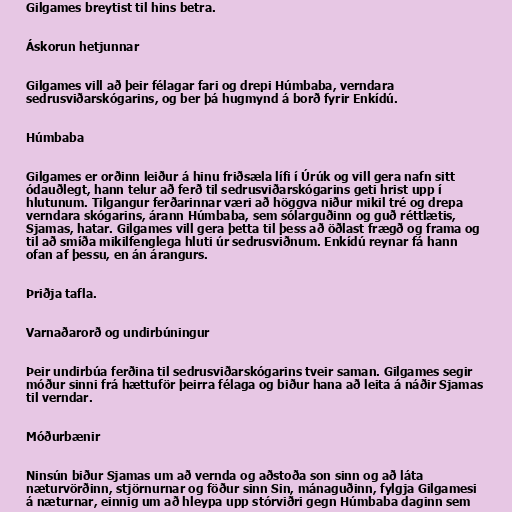
Gilgames breytist til hins betra.

Áskorun hetjunnar

Gilgames vill að þeir félagar fari og drepi Húmbaba, verndara
sedrusviðarskógarins, og ber þá hugmynd á borð fyrir Enkídú.

Húmbaba

Gilgames er orðinn leiður á hinu friðsæla lífi í Úrúk og vill gera nafn sitt
ódauðlegt, hann telur að ferð til sedrusviðarskógarins geti hrist upp í
hlutunum. Tilgangur ferðarinnar væri að höggva niður mikil tré og drepa
verndara skógarins, árann Húmbaba, sem sólarguðinn og guð réttlætis,
Sjamas, hatar. Gilgames vill gera þetta til þess að öðlast frægð og frama og
til að smíða mikilfenglega hluti úr sedrusviðnum. Enkídú reynar fá hann
ofan af þessu, en án árangurs.

Þriðja tafla.

Varnaðarorð og undirbúningur

Þeir undirbúa ferðina til sedrusviðarskógarins tveir saman. Gilgames segir
móður sinni frá hættuför þeirra félaga og biður hana að leita á náðir Sjamas
til verndar.

Móðurbænir

Ninsún biður Sjamas um að vernda og aðstoða son sinn og að láta
næturvörðinn, stjörnurnar og föður sinn Sin, mánaguðinn, fylgja Gilgamesi
á næturnar, einnig um að hleypa upp stórviðri gegn Húmbaba daginn sem